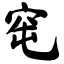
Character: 窀